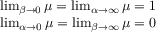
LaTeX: \begin{array} { r } { \operatorname* { l i m } _ { \beta \to 0 } \mu = \operatorname* { l i m } _ { \alpha \to \infty } \mu = 1 } \\ { \operatorname* { l i m } _ { \alpha \to 0 } \mu = \operatorname* { l i m } _ { \beta \to \infty } \mu = 0 } \end{array}